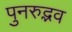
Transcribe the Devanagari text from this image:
पुनरुद्भव